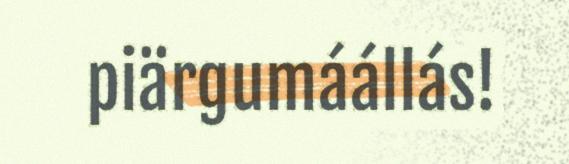
piärgumáállás!